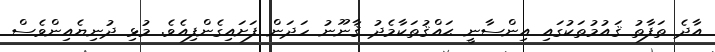
އާދެ ތަފާތު ޤައުމުތަކުގައި އިންސާނީ ޙައްޤުތަކާމެދު ޤާނޫނު ހަދަން ފަށައިގެންފިއެވެ. މުޅި ދުނިޔެއިންވެސް